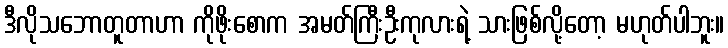
ဒီလိုသဘောတူတာဟာ ကိုဖိုးစောက အမတ်ကြီးဦးကုလားရဲ့ သားဖြစ်လို့တော့ မဟုတ်ပါဘူး။